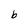
Character: b